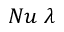
N u ~ \lambda